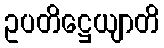
ဥပတိဋ္ဌေယျာတိ